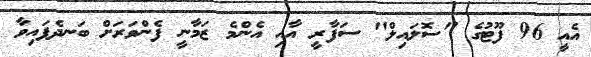
އެއީ 96 ފޫޓުގެ "ސޮލައިލް" ސަފާރީ އާއި އެންމެ ޒަމާނީ ފެންވަރަށް ބަނދެފައިވާ